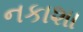
નકાશા